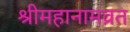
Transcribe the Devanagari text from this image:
श्रीमहानामव्रत